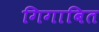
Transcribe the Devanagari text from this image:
गिगाबित